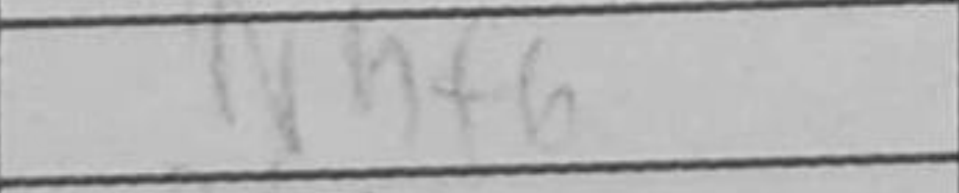
Transcription: Nhf6